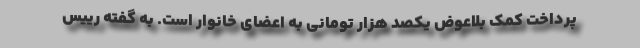
پرداخت کمک بلاعوض یکصد هزار تومانی به اعضای خانوار است. به گفته رییس